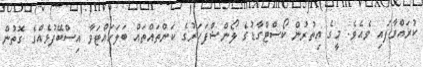
ކުރައްވާފައި ވެއެވެ. މީގެ އިތުރުން ކޯސްޓްގާޑުގެ ލޯންޝްފަހަރުގެ ކަންތައްތައް ބަލަހައްޓަވާ އިސްބޭފުޅެއްގެ ގޮތުން